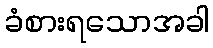
ခံစားရသောအခါ